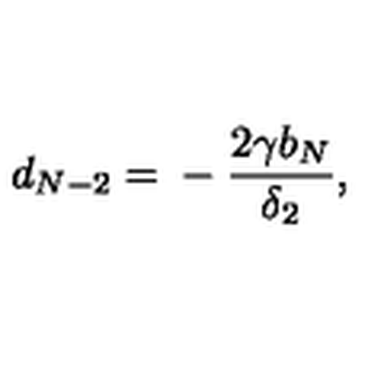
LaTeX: d _ { N - 2 } = { } - \frac { 2 \gamma b _ { N } } { \delta _ { 2 } } ,